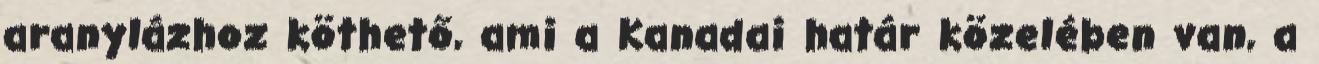
aranylázhoz köthető, ami a Kanadai határ közelében van, a